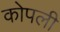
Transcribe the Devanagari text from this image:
कोपली